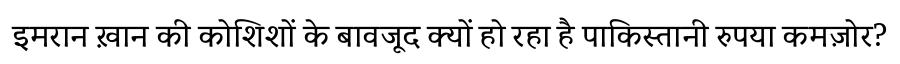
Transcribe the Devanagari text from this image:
इमरान ख़ान की कोशिशों के बावजूद क्यों हो रहा है पाकिस्तानी रुपया कमज़ोर?